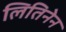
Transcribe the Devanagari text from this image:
लितिनेन